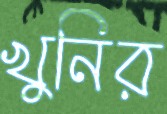
খুনির